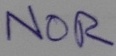
Text: NOR